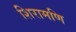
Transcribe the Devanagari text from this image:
शिरामणि